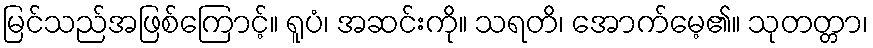
မြင်သည်အဖြစ်ကြောင့်။ ရူပံ၊ အဆင်းကို။ သရတိ၊ အောက်မေ့၏။ သုတတ္တာ၊